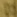
Text: D2